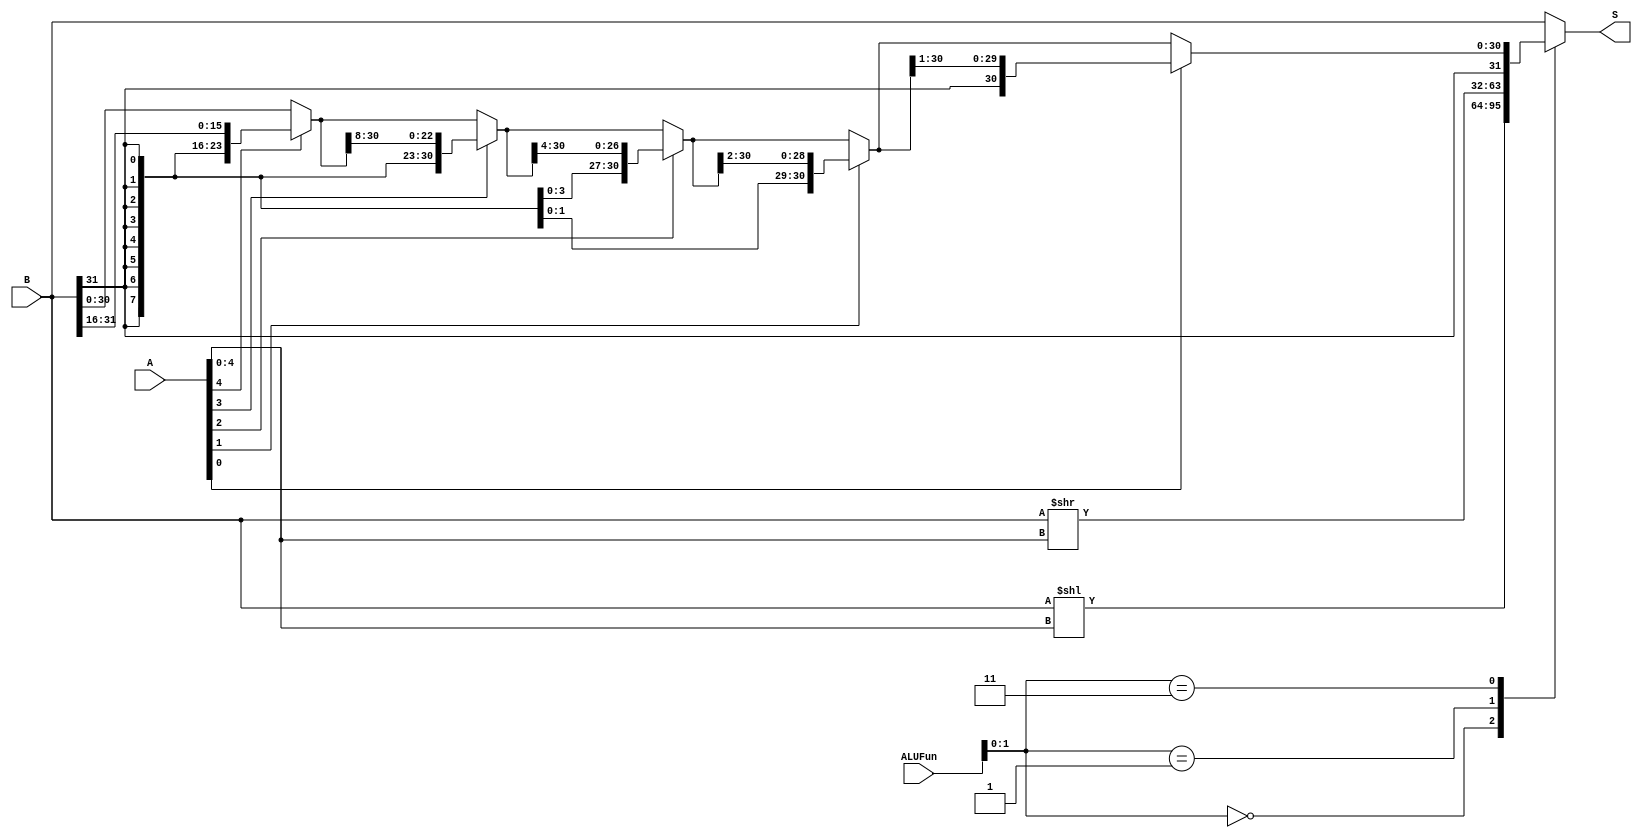
module ALU_Shift(A,B,ALUFun,S);
  input [31:0]  A;
  input [31:0]  B;
  input [5:0]   ALUFun;
  output  reg [31:0]  S;
  wire  [31:0]  S0;
  wire  [31:0]  S1;
  wire  [31:0]  R1,R2,R3,R4,R5;
  assign S0=B<<A[4:0];
  assign S1=B>>A[4:0];
  
  assign R1=A[4]?({{16{B[31]}},B[31:16]}):B;
  assign R2=A[3]?({{8{R1[31]}},R1[31:8]}):R1;
  assign R3=A[2]?({{4{R2[31]}},R2[31:4]}):R2;
  assign R4=A[1]?({{2{R3[31]}},R3[31:2]}):R3;
  assign R5=A[0]?({R4[31],R4[31:1]}):R4;
  
  always @(*)
  begin
    case(ALUFun[1:0])
      2'b00:  S=S0;
      2'b01:  S=S1;
      2'b11:  S=R5;
      default:S=B;
    endcase
  end
  
endmodule